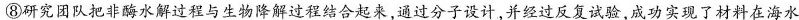
⑧研究团队把非酶水解过程与生物降解过程结合起来，通过分子设计，并经过反复试验，成功实现了材料在海水